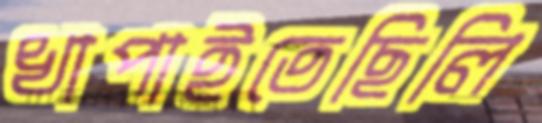
খাপাইতেছিলি